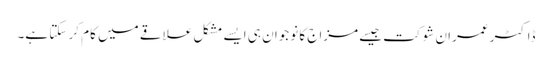
ڈاکٹر عمران شوکت جیسے مزاج کا نوجوان ہی ایسے مشکل علاقے میں کام کر سکتا ہے۔